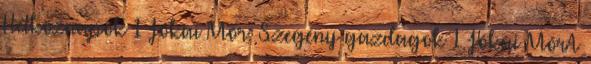
Hétköznapok 1 Jókai Mór: Szegény gazdagok 1 Jókai MórA